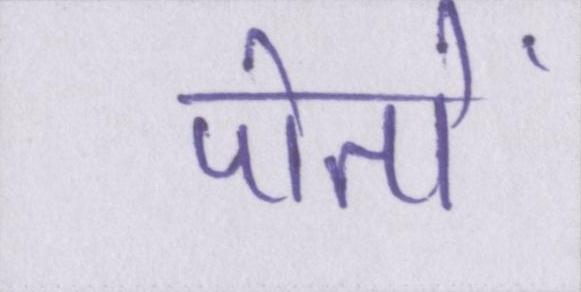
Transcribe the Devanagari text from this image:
पोतों